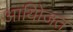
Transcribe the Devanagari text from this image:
आयोिजत